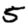
Digit: 5